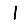
Digit: 1